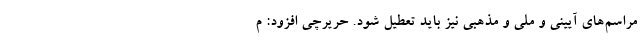
مراسم‌های آیینی و ملی و مذهبی نیز باید تعطیل شود. حریرچی افزود: م